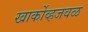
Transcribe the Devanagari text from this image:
खार्कोव्हजवळ